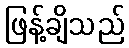
ဖြန့်ချိသည်